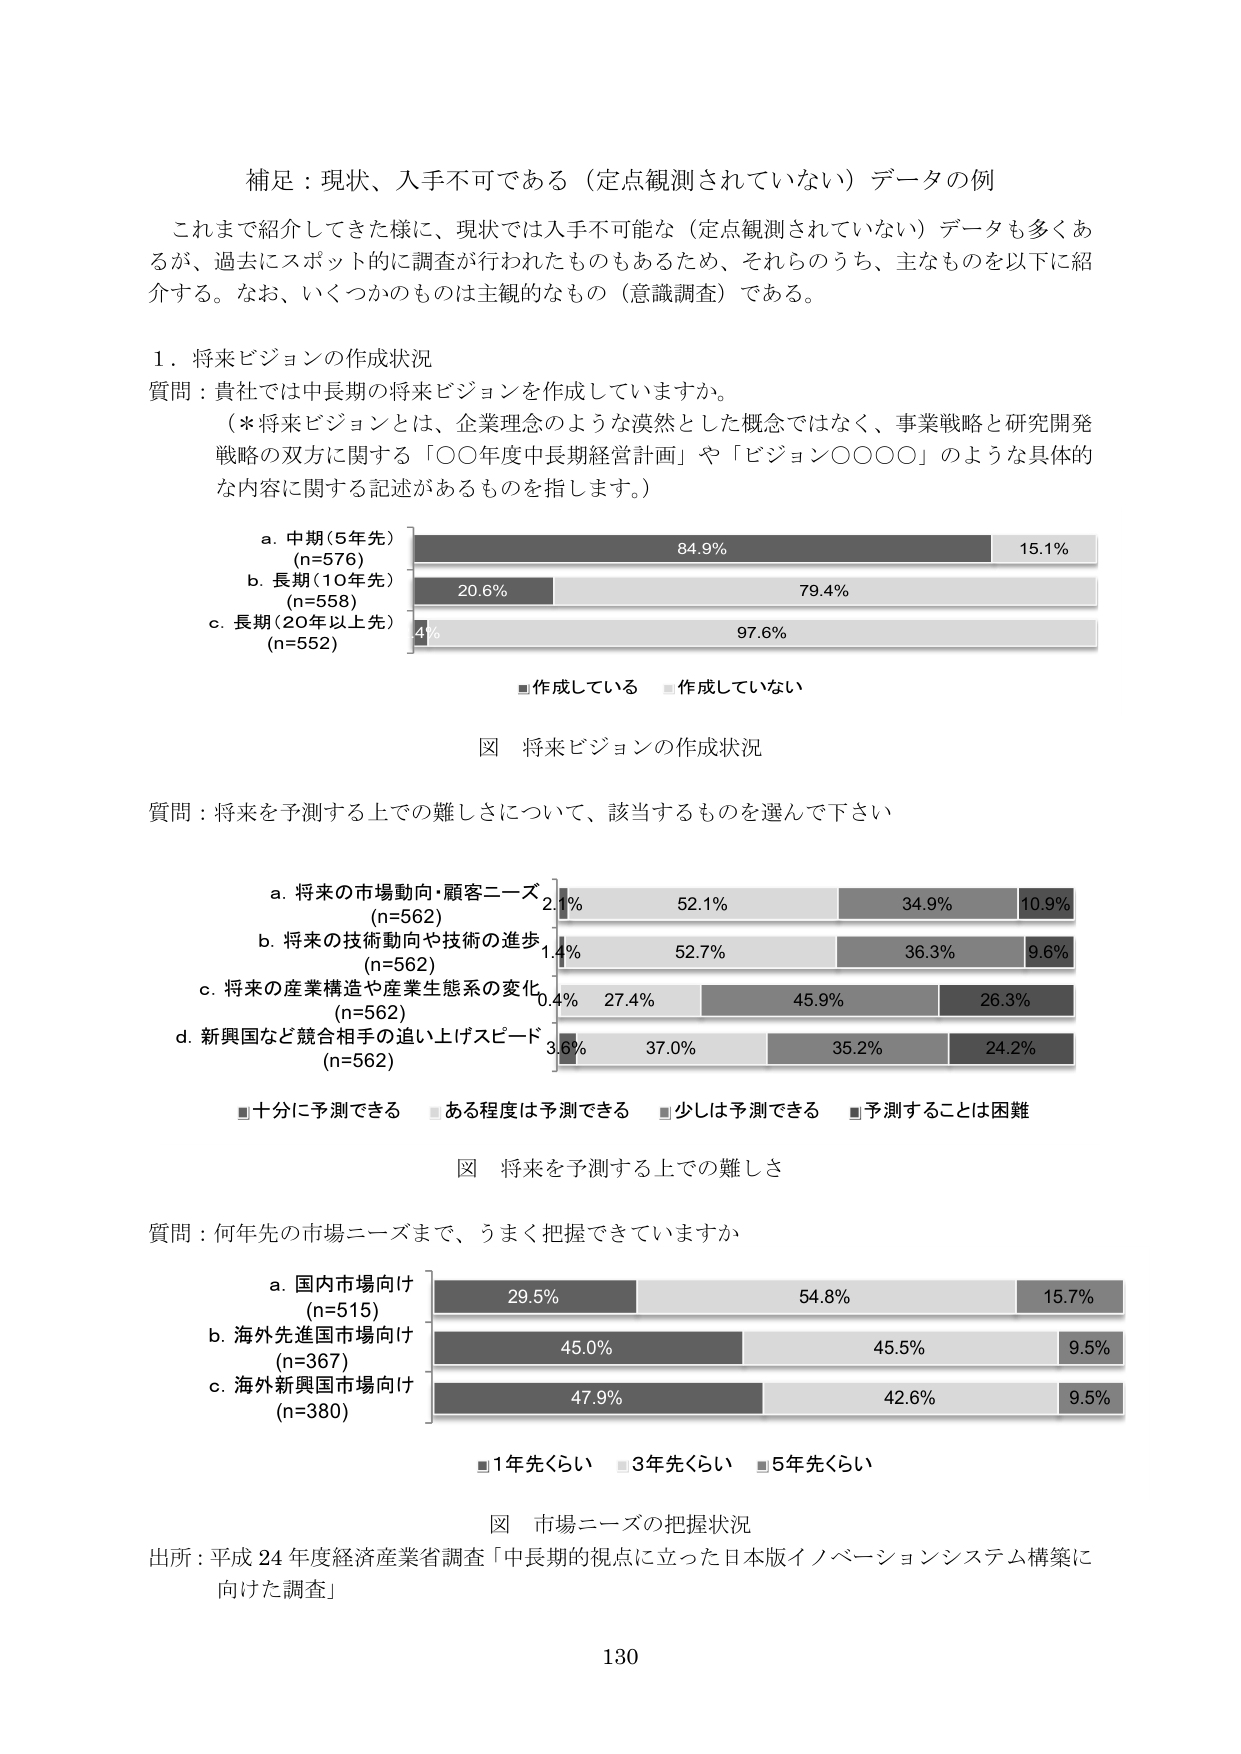
補足：現状、入手不可である（定点観測されていない）データの例

これまで紹介してきた様に、現状では入手不可能な（定点観測されていない）データも多くあるが、過去にスポット的に調査が行われたものもあるため、それらのうち、主なものを以下に紹介する。なお、いくつかのものは主観的なもの（意識調査）である。

１．将来ビジョンの作成状況

質問：貴社では中長期の将来ビジョンを作成していますか。
（*将来ビジョンとは、企業理念のような漠然とした概念ではなく、事業戦略と研究開発戦略の双方に関する「〇〇年度中長期経営計画」や「ビジョン〇〇〇〇」のような具体的な内容に関する記述があるものを指します。）

a. 中期（5年先） (n=576) 84.9% 15.1%
b. 長期（10年先） (n=558) 20.6% 79.4%
c. 長期（20年以上先） (n=552) 4% 97.6%

■作成している ■作成していない

図 将来ビジョンの作成状況

質問：将来を予測する上での難しさについて、該当するものを選んで下さい

a. 将来の市場動向・顧客ニーズ (n=562) 2.1% 52.1% 34.9% 10.9%
b. 将来の技術動向や技術の進歩 (n=562) 1.4% 52.7% 36.3% 9.6%
c. 将来の産業構造や産業生態系の変化 (n=562) 0.4% 27.4% 45.9% 26.3%
d. 新興国など競合相手の追い上げスピード (n=562) 3.6% 37.0% 35.2% 24.2%

■十分に予測できる ■ある程度は予測できる ■少しは予測できる ■予測することは困難

図 将来を予測する上での難しさ

質問：何年先の市場ニーズまで、うまく把握できていますか

a. 国内市場向け (n=515) 29.5% 54.8% 15.7%
b. 海外先進国市場向け (n=367) 45.0% 45.5% 9.5%
c. 海外新興国市場向け (n=380) 47.9% 42.6% 9.5%

■1年先くらい ■3年先くらい ■5年先くらい

図 市場ニーズの把握状況

出所：平成24年度経済産業省調査「中長期的視点に立った日本版イノベーションシステム構築に向けた調査」

130